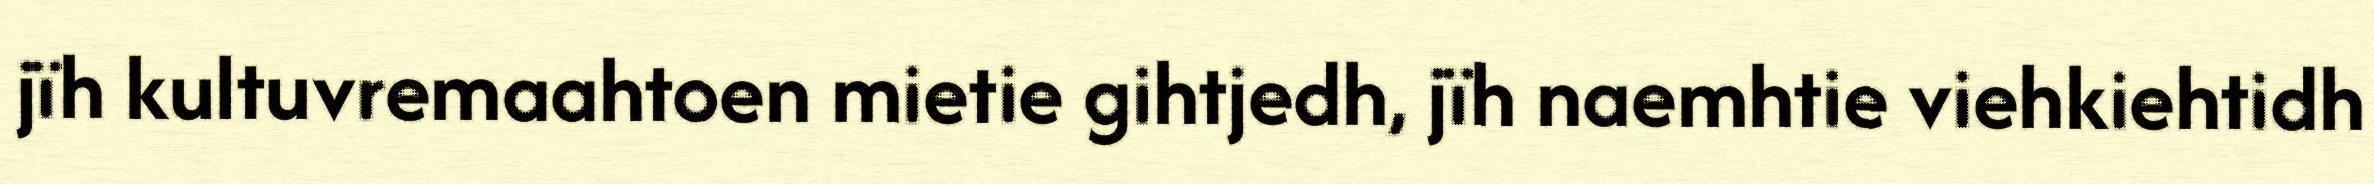
jïh kultuvremaahtoen mietie gihtjedh, jïh naemhtie viehkiehtidh